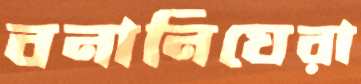
বনানিঘেরা